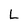
Character: L